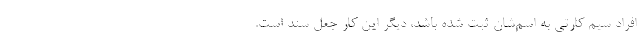
افراد سیم کارتی به اسم‌شان ثبت شده باشد، دیگر این کار جعل سند است.